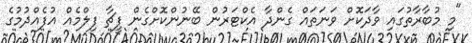
"މި މުބާރާތުގައި ވާދަކޮށް ވަނަތައް ގެންދާ އެކްޓަރުން ބޭނުންކޮށްގެން ފީޗާ ފިލްމެއް އުފެއްދުމުގެ